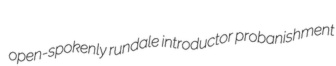
open-spokenly rundale introductor probanishment